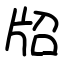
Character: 牊